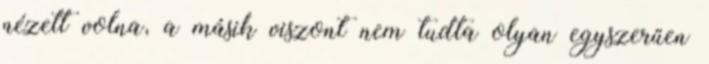
nézett volna, a másik viszont nem tudta olyan egyszerűen